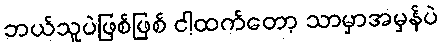
ဘယ်သူပဲဖြစ်ဖြစ် ငါ့ထက်တော့ သာမှာအမှန်ပဲ